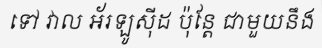
ទៅ វាល អ័រឡូស៊ីដ ប៉ុន្តែ ជាមួយនឹង